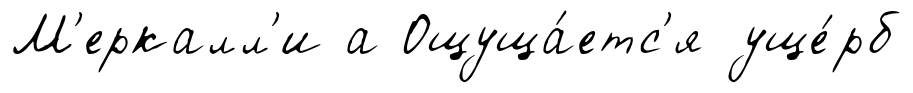
М'еркалл'и а Ощуща́етс'я уще́рб